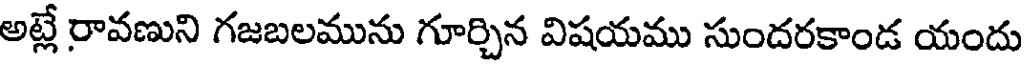
అట్లే రావణుని గజబలమును గూర్చిన విషయము సుందరకాండ యందు